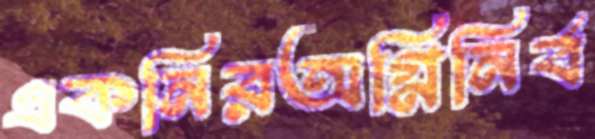
একনিরঅগ্নিনির্ব